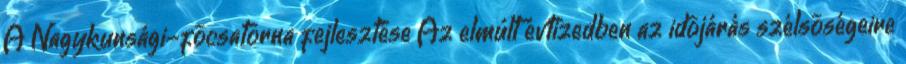
A Nagykunsági-fõcsatorna fejlesztése Az elmúlt évtizedben az idõjárás szélsõségeire